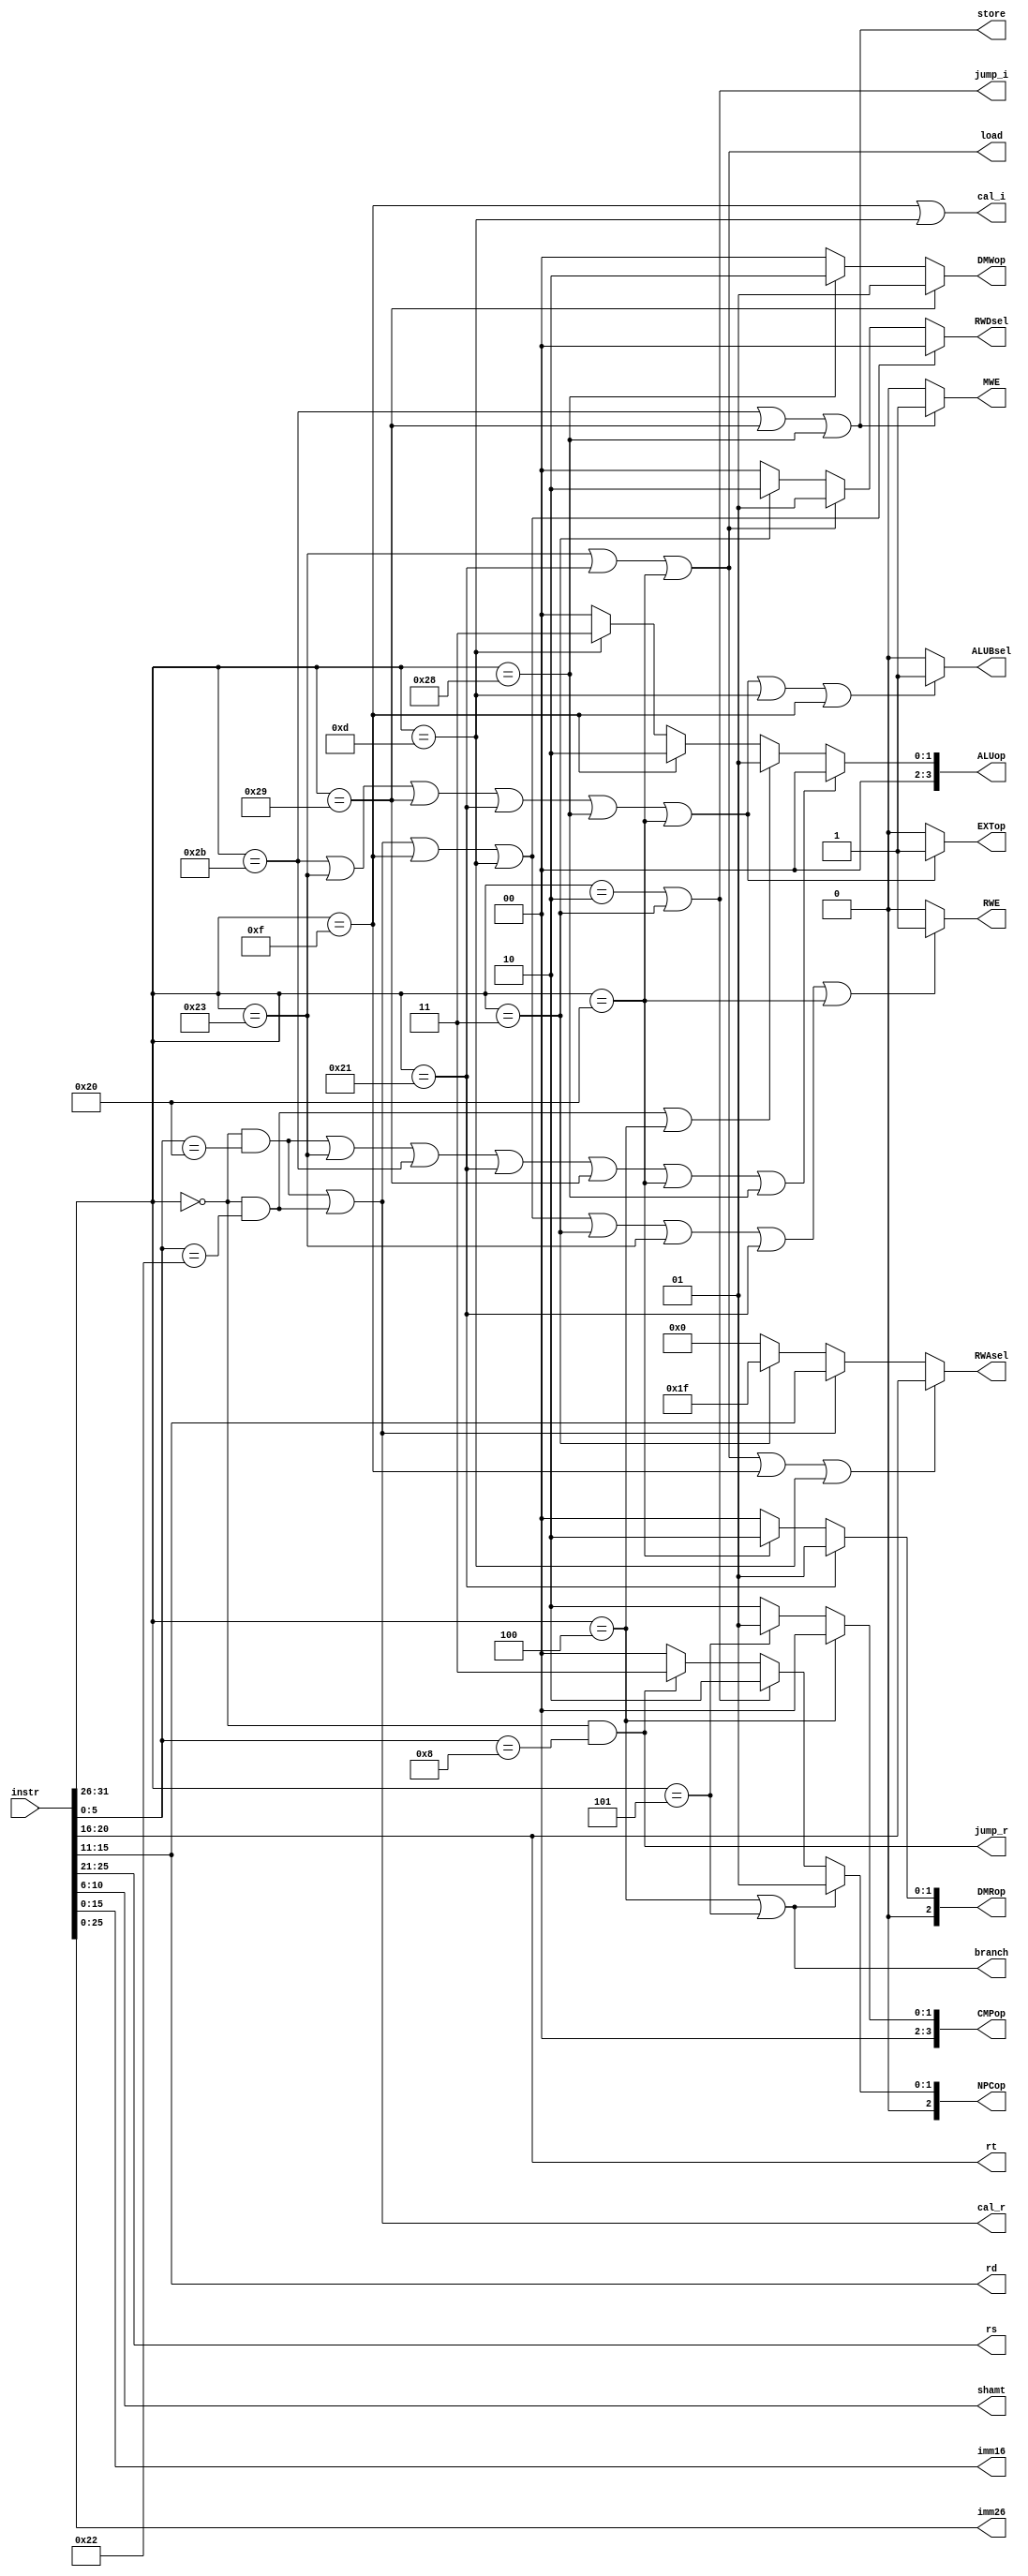
module CU (
    input [31:0] instr,
    output [4:0] rs,
    output [4:0] rt,
    output [4:0] rd,
    output [4:0] shamt,
    output [15:0] imm16,
    output [25:0] imm26,

    output cal_r,
    output cal_i,
    output load,
    output store,
    output branch,
    output jump_i,
    output jump_r,

    output RWE,
    output MWE,
    output [3:0] ALUop,
    output EXTop,
    output [2:0] NPCop,
    output [3:0] CMPop,
    output [2:0] DMRop,
    output [1:0] DMWop,
    output [4:0] RWAsel,
    output [1:0] RWDsel,
    output ALUBsel
);
    wire [5:0] opcode, funct;
    assign opcode = instr[31:26];
    assign funct = instr[5:0];

    assign rs = instr[25:21];
    assign rt = instr[20:16];
    assign rd = instr[15:11];
    assign shamt = instr[10:6];    

    assign imm16 = instr[15:0];
    assign imm26 = instr[25:0];

    wire R;
    assign R = (opcode == 6'b000000);
    
    wire add, sub, And, Or, jr, sll, sllv, slt;
    wire addi, lui, ori, sw, sh, sb, lw, lh, lb;
    wire beq, bne, j, jal;

    assign add = (R && funct == 6'b10_0000);
    assign sub = (R && funct == 6'b10_0010);
    //assign And = (R && funct == 6'b10_0100);
    //assign Or = (R && funct == 6'b10_0101);
    assign jr = (R && funct == 6'b00_1000);
    //assign sll = (R && funct == 6'b00_0000);
    //assign sllv = (R && funct == 6'b00_0100);
    //assign slt = (R && funct == 6'b10_1010);

    //assign addi = (opcode == 6'b00_1000);
    assign lui = (opcode == 6'b00_1111);
    assign ori = (opcode == 6'b00_1101);
    assign sw = (opcode == 6'b10_1011);
    assign sh = (opcode == 6'b10_1001);
    assign sb = (opcode == 6'b10_1000);
    assign lw = (opcode == 6'b10_0011);
    assign lh = (opcode == 6'b10_0001);
    assign lb = (opcode == 6'b10_0000);

    assign beq = (opcode == 6'b00_0100);
    assign bne = (opcode == 6'b00_0101);
    assign j = (opcode == 6'b00_0010);
    assign jal = (opcode == 6'b00_0011);

    assign cal_r = (add || sub);
    assign cal_i = (lui || ori);
    assign load = (lw || lh || lb);
    assign store = (sw || sh || sb);
    assign branch = (beq || bne);
    assign jump_i = (j || jal);
    assign jump_r = (jr);

    //0:not write, 1:write
    assign RWE = (add || sub || lui || ori ||
                  jal || lw || lh || lb) ? 1 : 0;

    //0:not write, 1:write
    assign MWE = (sw || sh || sb) ? 1 : 0;
    
    //0:+, 1:-, 2:lui, 3:|
    assign ALUop = (add || lw || sw || lh || sh || lb || sb) ? 0 :
                   (sub || beq) ? 1 : 
                   (lui) ? 2 : 
                   (ori) ? 3 : 0;
    
    //0:unsigned, 1:signed
    assign EXTop = (sw || lw || sh || lh || sb || lb) ? 1 : 0;

    //0:PC+4, 1:branch, 2:j, 3:j-register
    assign NPCop = (beq || bne) ? 1 : 
                   (j || jal) ? 2 :
                   (jr) ? 3 : 0;

    //0:beq 1:bne 2:0
    assign CMPop = (beq) ? 0 : 
                   (bne) ? 1 : 2;

    //0:word, 1:halfword, 2:byte
    assign DMRop = (lh) ? 1 :
                   (lb) ? 2 : 0;
    
    //0:word, 1:halfword, 2:byte
    assign DMWop = (sh) ? 1 :
                   (sb) ? 2 : 0;               

    //0:rt, 1:rd, 2:31($ra)
    assign RWAsel = (lw || lh || lb || lui || ori) ? rt :
                    (add || sub) ? rd :
                    (jal) ? 5'd31 : 5'd0;
               
    //0:ALUout, 1:DMout, 2:PC+8
    assign RWDsel = (add || sub || lui || ori) ? 0 :
                    (lw || lh || lb) ? 1 : 
                    (jal) ? 2 : 0;
    
    //0:RD2, 1:EXTout
    assign ALUBsel = (sw || lw || sh || lh || sb || lb ||
                      ori || lui) ? 1 : 0;

endmodule